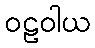
ဝဠဝါယ